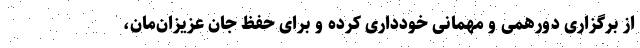
از برگزاری دورهمی و مهمانی خودداری کرده و برای حفظ جان عزیزان‌مان،